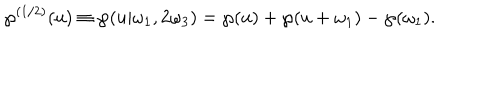
\wp ^ { ( 1 / 2 ) } ( u ) \equiv \wp ( u | \omega _ { 1 } , 2 \omega _ { 3 } ) = \wp ( u ) + \wp ( u + \omega _ { 1 } ) - \wp ( \omega _ { 1 } ) .